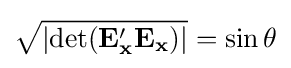
{\sqrt {\left|\operatorname {det} (\mathbf {E} _{\mathbf {x} }'\mathbf {E_{x}} )\right|}}=\sin \theta